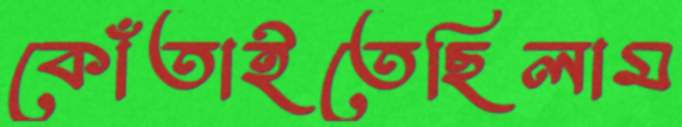
কোঁতাইতেছিলাম